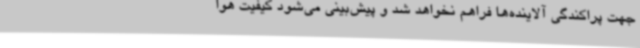
جهت پراکندگی آلاینده‌ها فراهم نخواهد شد و پیش‌بینی می‌شود کیفیت هوا